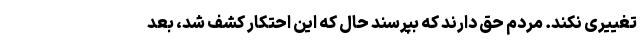
تغییری نکند. مردم حق دارند که بپرسند حال که این احتکار کشف شد، بعد